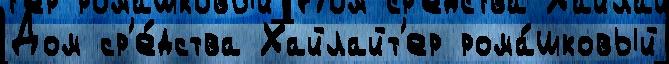
Дом ср'е́дства Хайлайт'ер рома́шковый